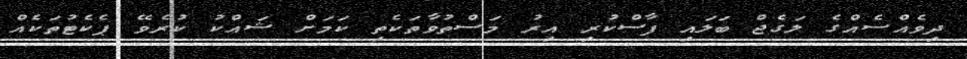
ދިވެއްސެއްގެ ލަގެޖް ބަލައި ފާސްކުރި އިރު މަސްތުވާތަކެތި ކަމަށް ޝައްކު ކުރެވޭ ޕެކެޓުތަކެއް